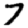
Digit: 7